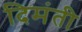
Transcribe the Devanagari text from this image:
दिमंती